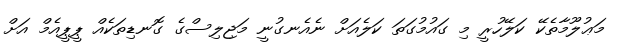
މަޢުލޫމާތެކޭ ކަލޭހުރީ މި ގައުމުގަތަ ކަލެއަށް ނެއެނގުނީ މަޖިލިސްގެ ގޮނޑިތަކެއް ޕީޕީއެމް އަށް